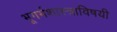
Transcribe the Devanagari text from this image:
भूगर्भशास्त्राविषयी